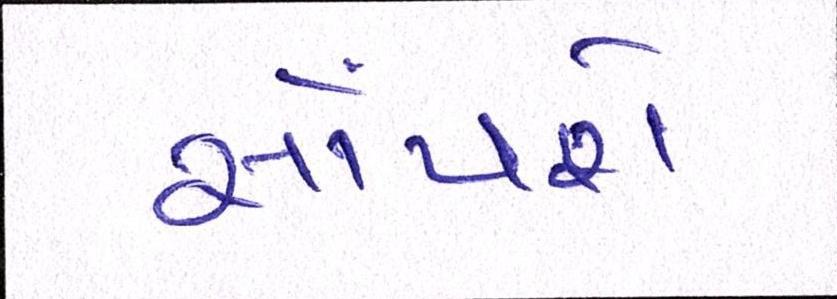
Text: સોંપશે